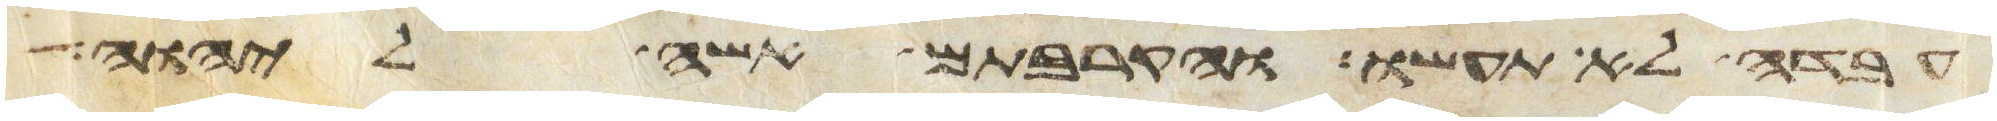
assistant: עבדה לא תעשו והקרבתם אשה ליהוה